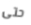
حتى